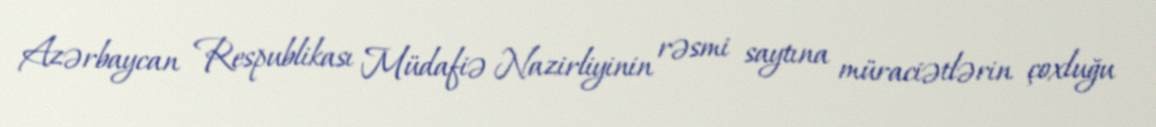
Azərbaycan Respublikası Müdafiə Nazirliyinin rəsmi saytına müraciətlərin çoxluğu